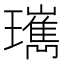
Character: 㼇